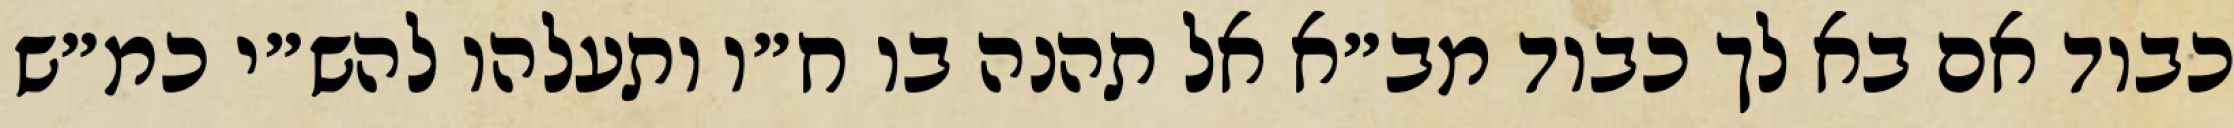
כבוד אם בא לך כבוד מב״א אל תהנה בו ח״ו ותעלהו להש״י כמ״ש